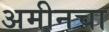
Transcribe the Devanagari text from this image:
अमीनचा